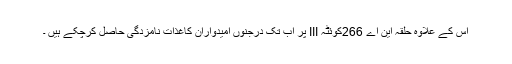
اس کے علاوہ حلقہ این اے 266کوئٹہ III پر اب تک درجنوں امیدواران کاغذات نامزدگی حاصل کرچکے ہیں ۔